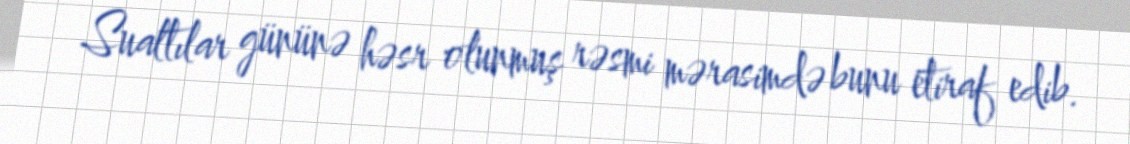
Sualtılar gününə həsr olunmuş rəsmi mərasimdə bunu etiraf edib.